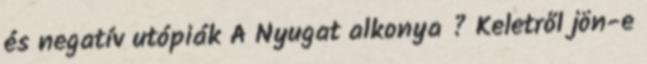
és negatív utópiák A Nyugat alkonya ? Keletről jön-e